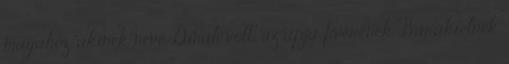
magához, akinek neve Dinah volt, az apja fivérének Barákielnek